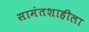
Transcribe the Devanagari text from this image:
सामंतशाहीला